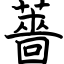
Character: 薔